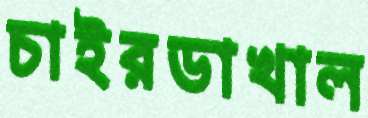
চাইরডাখাল